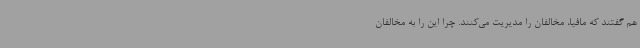
هم گفتند که مافیا، مخالفان را مدیریت می‌کنند. چرا این را به مخالفان